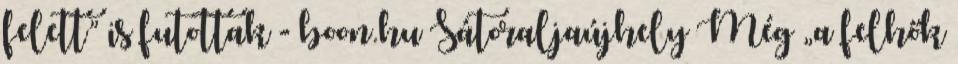
felett” is futottak - boon.hu Sátoraljaújhely Még „a felhők